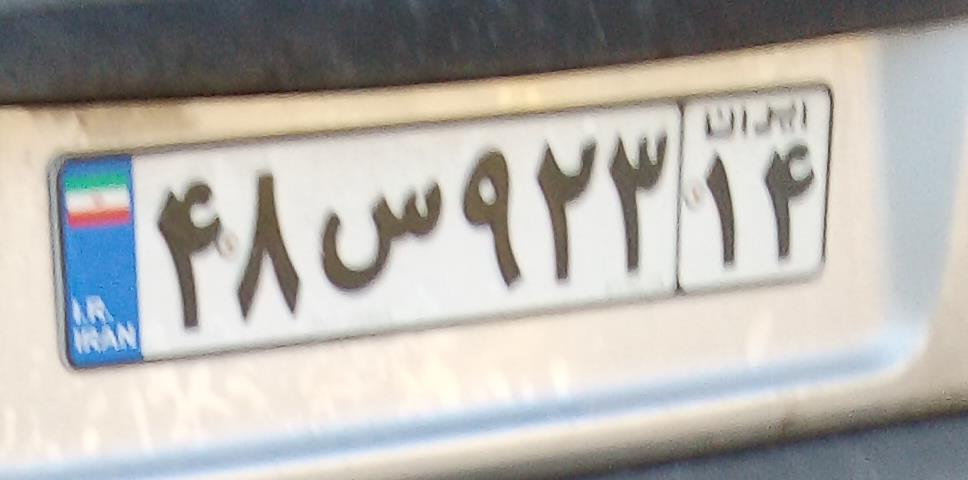
۴۸س۹۲۳۱۴